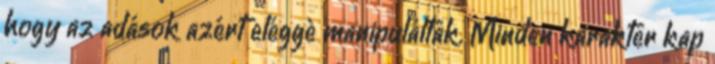
hogy az adások azért eléggè manipuláltak. Minden karakter kap